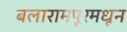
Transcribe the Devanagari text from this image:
बलारामपूरमधून